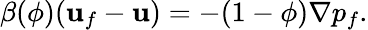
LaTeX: \begin{array}{r}{\beta(\phi)({\mathbf u}_{f}-{\mathbf u})=-(1-\phi)\nabla p_{f}.}\end{array}